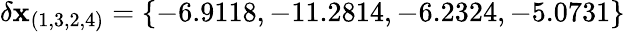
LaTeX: \delta\mathbf{x}_{(1,3,2,4)}=\{ -6.9118,-11.2814,-6.2324,-5.0731\}